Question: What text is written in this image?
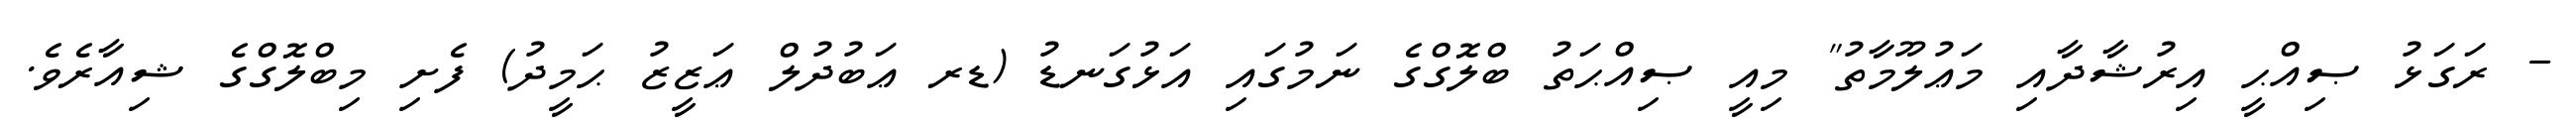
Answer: - ރަގަޅު ޞިއްޙީ އިރުޝާދާއި މަޢުލޫމާތު" މިއީ ޞިއްޙަތު ބްލޮގްގެ ނަމުގައި އަޅުގަނޑު (ޑރ ޢަބުދުލް ޢަޒީޒު ޙަމީދު) ފެށި މިބްލޮގްގެ ޝިއާރެވެ.